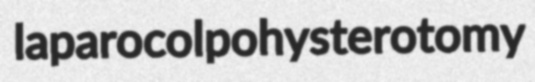
laparocolpohysterotomy